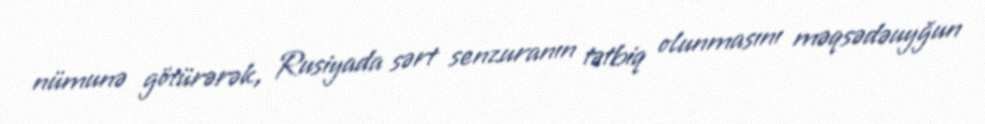
nümunə götürərək, Rusiyada sərt senzuranın tətbiq olunmasını məqsədəuyğun